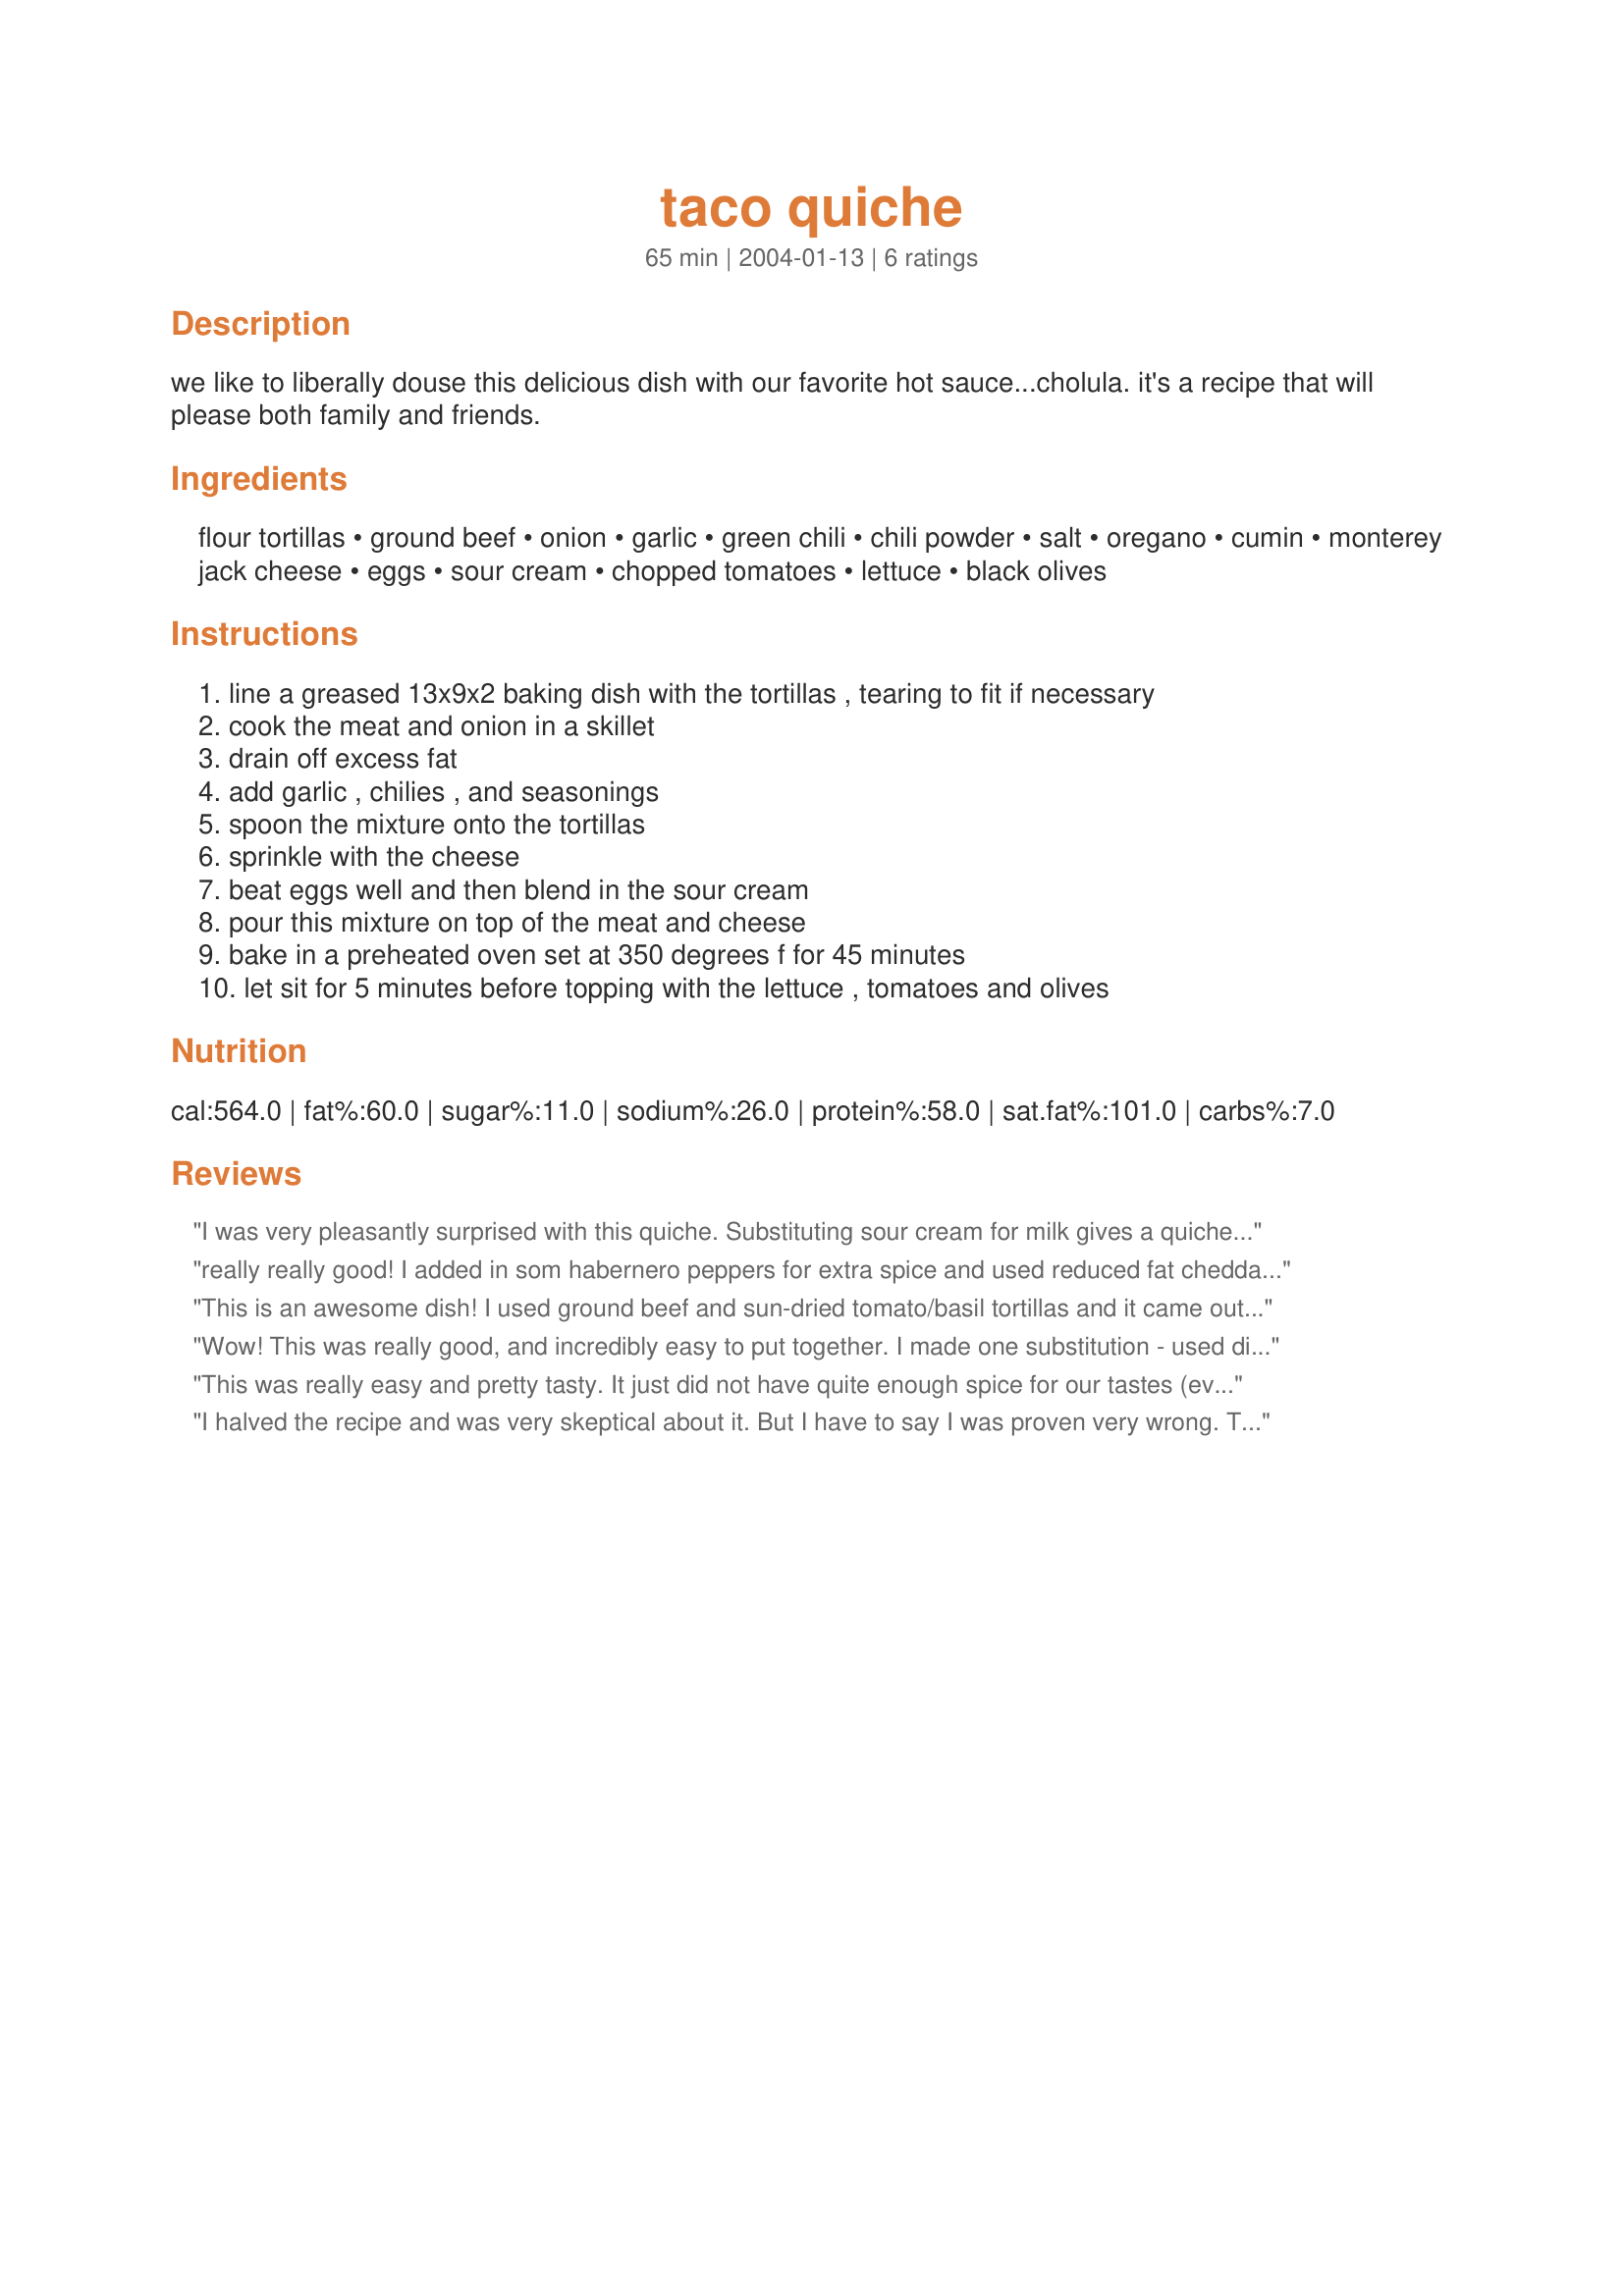
taco quiche
Preparation time: 65 minutes

we like to liberally douse this delicious dish with our favorite hot sauce...cholula. it's a recipe that will please both family and friends.

Ingredients:
flour tortillas, ground beef, onion, garlic, green chili, chili powder, salt, oregano, cumin, monterey jack cheese, eggs, sour cream, chopped tomatoes, lettuce, black olives

Steps:
line a greased 13x9x2 baking dish with the tortillas , tearing to fit if necessary
cook the meat and onion in a skillet
drain off excess fat
add garlic , chilies , and seasonings
spoon the mixture onto the tortillas
sprinkle with the cheese
beat eggs well and then blend in the sour cream
pour this mixture on top of the meat and cheese
bake in a preheated oven set at 350 degrees f for 45 minutes
let sit for 5 minutes before topping with the lettuce , tomatoes and olives

Reviews:
I was very pleasantly surprised with this quiche. Substituting sour cream for milk gives a quiche a different texture. This quiche is COMFORT food! We loved it. We served it with some avocado slices and it was like having brunch at the Hilton Los Cabos. I know because... I stayed there!
really really good! I added in som habernero peppers for extra spice and used reduced fat cheddar and no fat sour cream with egg beaters, it came out great! Thanks!
This is an awesome dish! I used ground beef and sun-dried tomato/basil tortillas and it came out wonderful. I halved it as there was just three of us and we just about wiped it out. This is easy, fun and different and it's definitely a keeper. Thanks so much Geema, this is already a family favorite!
Wow! This was really good, and incredibly easy to put together. I made one substitution - used diced avocado in place of the olives since none of us are major fans. I also let each of us add their own toppings since my kid won't eat tomato.
Definitely will make this again.
Thanks!
This was really easy and pretty tasty. It just did not have quite enough spice for our tastes (even though I was heavy handed with the spices and used the green chilies) and was slightly on the bland side. Topping the slice with fresh cilantro, and salsa helped greatly and I was unfortunately out of olives which would have been a great addition as well! I also would have liked more of the egg mixture and less of the beef (we used ground turkey) mixture. Having said that, this is such a great, easy casserole dish that uses items I always have on hand. The ingredients compliment each other well. Next time I will add at least 2 more eggs and cut the meat down to about 3/4 of a pound or so, I will definitely double the spices as well. I know that with those few slight changes this will be a regular in our house. Thanks!
I halved the recipe and was very skeptical about it. But I have to say I was proven very wrong. This is a GREAT dish!! The flavors all combine nicely, there's no overpowering from any of the ingredients, and we ate it all up! Thanks for a great recipe!
